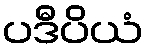
ပဒီပိယံ